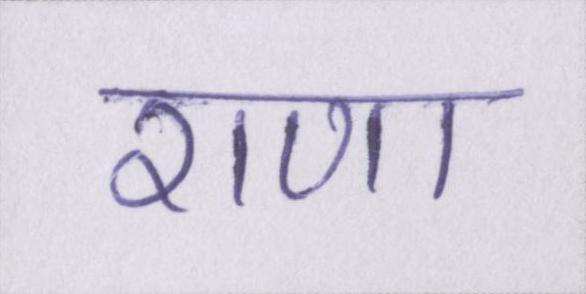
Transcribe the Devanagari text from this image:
राणा